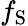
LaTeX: f_{\mathrm{S}}